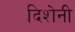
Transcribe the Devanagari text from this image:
दिशेनी